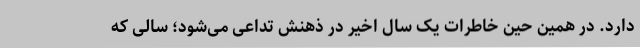
دارد. در همین حین خاطرات یک سال اخیر در ذهنش تداعی می‌شود؛ سالی که